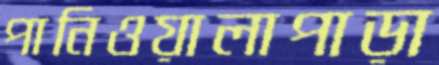
পানিওয়ালাপাড়া